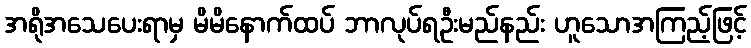
အရိုအသေပေးရာမှ မိမိနောက်ထပ် ဘာလုပ်ရဦးမည်နည်း ဟူသောအကြည့်ဖြင့်